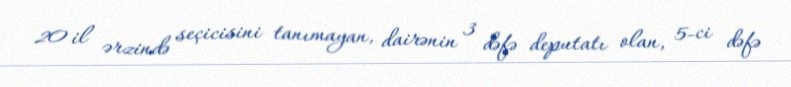
20 il ərzində seçicisini tanımayan, dairənin 3 dəfə deputatı olan, 5-ci dəfə